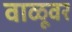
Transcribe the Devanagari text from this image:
वाळूवर